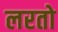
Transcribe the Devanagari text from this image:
लरतो